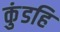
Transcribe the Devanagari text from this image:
कुंडहि